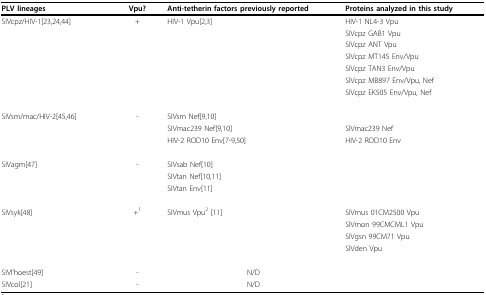
| PLV lineages | Vpu? | Anti-tetherin factors previously reported | Proteins analyzed in this study |
 | --- | --- | --- | --- |
 | SIVcpz/HIV-1[23,24,44] | + | HIV-1 Vpu[2,3] | HIV-1 NL4-3 Vpu |
 |  |  |  | SIVcpz GAB1 Vpu |
 |  |  |  | SIVcpz ANT Vpu |
 |  |  |  | SIVcpz MT145 Env/Vpu |
 |  |  |  | SIVcpz TAN3 Env/Vpu |
 |  |  |  | SIVcpz MB897 Env/Vpu, Nef |
 |  |  |  | SIVcpz EK505 Env/Vpu, Nef |
 | SIVsm/mac/HIV-2[45,46] | - | SIVsm Nef[9,10] |  |
 |  |  | SIVmac239 Nef[9,10] | SIVmac239 Nef |
 |  |  | HIV-2 ROD10 Env[7-9,50] | HIV-2 ROD10 Env |
 | SIVagm[47] | - | SIVsab Nef[10] |  |
 |  |  | SIVtan Nef[10,11] |  |
 |  |  | SIVtan Env[11] |  |
 | SIVsyk[48] | +1 | SIVmus Vpu2 [11] | SIVmus 01CM2500 Vpu |
 |  |  |  | SIVmon 99CMCML1 Vpu |
 |  |  |  | SIVgsn 99CM71 Vpu |
 |  |  |  | SIVden Vpu |
 | SIVl'hoest[49] | - | N/D |  |
 | SIVcol[21] | - | N/D |  |